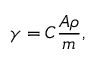
\gamma = C \frac { A \rho } { m } ,